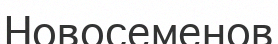
Новосеменов